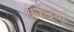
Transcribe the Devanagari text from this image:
केन्द्रितहै